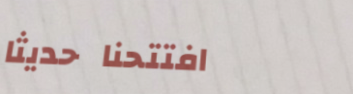
افتتحنا حديثاً